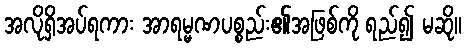
အလိုရှိအပ်ရကား အာရမ္မဏပစ္စည်း၏အဖြစ်ကို ရည်၍ မဆို။